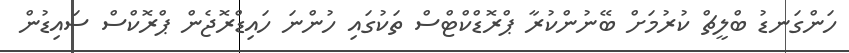
ހަންގަނޑު ބްލީޗް ކުރުމަށް ބޭނުންކުރާ ޕްރޮޑްކްޓްސް ތަކުގައި ހުންނަ ހައިޑްރޮޖެން ޕްރޮކްސް ސައިޑުން